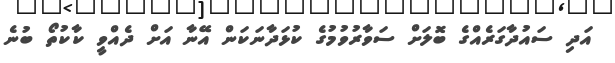
އަދި ސައުދާގަރެއްގެ ބޮލަށް ސަވާރުވުމުގެ ކުޅަދާނަކަން އޭނާ އަށް ދެއްވީ ކާކުތޯ ބުނެ